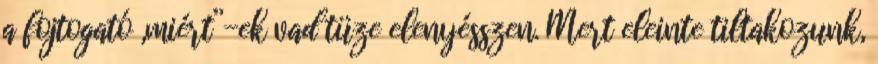
a fojtogató „miért”-ek vad tüze elenyésszen. Mert eleinte tiltakozunk,